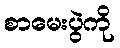
စာမေးပွဲကို